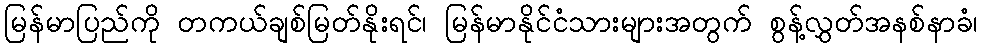
မြန်မာပြည်ကို တကယ်ချစ်မြတ်နိုးရင်၊ မြန်မာနိုင်ငံသားများအတွက် စွန့်လွှတ်အနစ်နာခံ၊